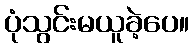
ပုံသွင်းမယူခဲ့ပေ။